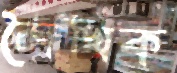
লৈখিক